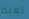
تعلم